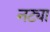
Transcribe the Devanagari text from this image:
नट्या